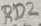
Text: RD2